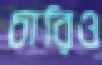
চারিও